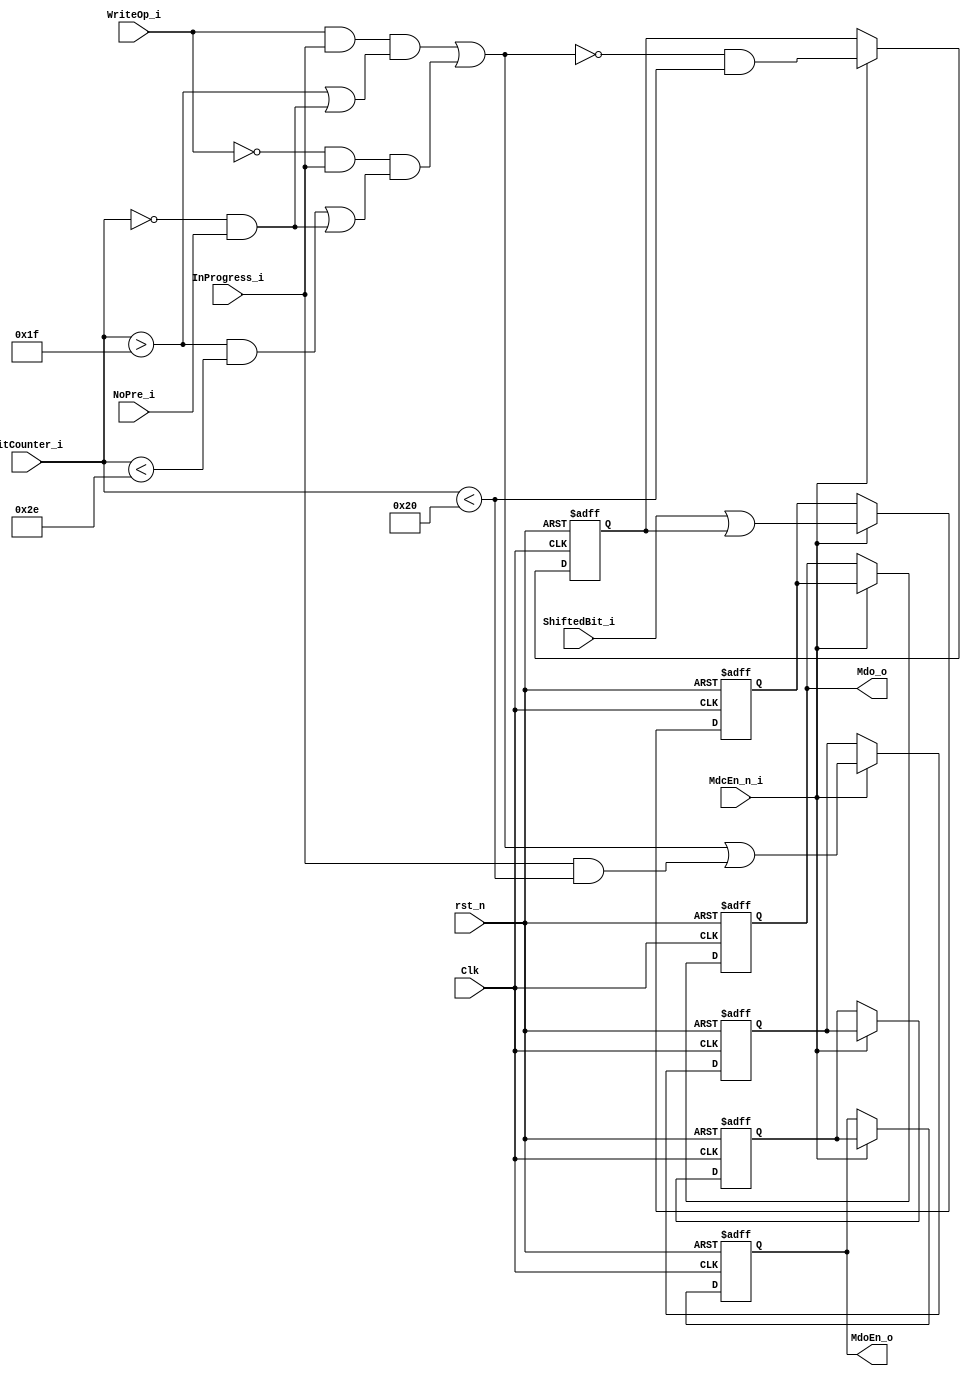
// This program was cloned from: https://github.com/lvzhengde/tsn-soc
// License: BSD 3-Clause "New" or "Revised" License

/*+
 * Copyright (c) 2022-2023 Zhengde
 *
 * Copyright (c) 2001 Igor Mohor (igorM@opencores.org) 
 * 
 * All rights reserved.
 * 
 * Redistribution and use in source and binary forms, with or without
 * modification, are permitted provided that the following conditions are met:
 * 
 * 1 Redistributions of source code must retain the above copyright notice, this
 *   list of conditions and the following disclaimer.
 * 
 * 2 Redistributions in binary form must reproduce the above copyright notice,
 *   this list of conditions and the following disclaimer in the documentation
 *   and/or other materials provided with the distribution.
 * 
 * 3 Neither the name of the copyright holder nor the names of its
 *   contributors may be used to endorse or promote products derived from
 *   this software without specific prior written permission.
 * 
 * THIS SOFTWARE IS PROVIDED BY THE COPYRIGHT HOLDERS AND CONTRIBUTORS "AS IS"
 * AND ANY EXPRESS OR IMPLIED WARRANTIES, INCLUDING, BUT NOT LIMITED TO, THE
 * IMPLIED WARRANTIES OF MERCHANTABILITY AND FITNESS FOR A PARTICULAR PURPOSE ARE
 * DISCLAIMED. IN NO EVENT SHALL THE COPYRIGHT HOLDER OR CONTRIBUTORS BE LIABLE
 * FOR ANY DIRECT, INDIRECT, INCIDENTAL, SPECIAL, EXEMPLARY, OR CONSEQUENTIAL
 * DAMAGES (INCLUDING, BUT NOT LIMITED TO, PROCUREMENT OF SUBSTITUTE GOODS OR
 * SERVICES; LOSS OF USE, DATA, OR PROFITS; OR BUSINESS INTERRUPTION) HOWEVER
 * CAUSED AND ON ANY THEORY OF LIABILITY, WHETHER IN CONTRACT, STRICT LIABILITY,
 * OR TORT (INCLUDING NEGLIGENCE OR OTHERWISE) ARISING IN ANY WAY OUT OF THE USE
 * OF THIS SOFTWARE, EVEN IF ADVISED OF THE POSSIBILITY OF SUCH DAMAGE.
-*/

/*+
 * Output control for PHY MDIO interface 
-*/

module eth_outputcontrol (
    input               Clk,                // Host Clock
    input               rst_n,              // General Reset, active low
    input               WriteOp_i,            // Write Operation Latch (When asserted, write operation is in progress)
    input               NoPre_i,              // No Preamble (no 32-bit preamble)
    input               InProgress_i,         // Operation in progress
    input               ShiftedBit_i,         // This bit is output of the shift register and is connected to the Mdo signal
    input  [6:0]        BitCounter_i,         // Bit Counter
    input               MdcEn_n_i,            // MII Management Data Clock Enable signal is asserted for one Clk period before Mdc falls.
    
    output reg          Mdo_o,                // MII Management Data Output
    output reg          MdoEn_o               // MII Management Data Output Enable
);

    wire          SerialEn;
    
    reg           MdoEn_2d;
    reg           MdoEn_d;
    
    reg           Mdo_2d;
    reg           Mdo_d;

    // Generation of the Serial Enable signal (enables the serialization of the data)
    assign SerialEn =  WriteOp_i & InProgress_i & ( BitCounter_i>31 | ( ( BitCounter_i == 0 ) & NoPre_i ) )
                    | ~WriteOp_i & InProgress_i & (( BitCounter_i>31 & BitCounter_i<46 ) | ( ( BitCounter_i == 0 ) & NoPre_i ));

    // Generation of the MdoEn signal
    always @ (posedge Clk or negedge rst_n) begin
        if(!rst_n) begin
            MdoEn_2d <=  1'b0;
            MdoEn_d <=  1'b0;
            MdoEn_o <=  1'b0;
        end
        else begin
            if(MdcEn_n_i) begin
                MdoEn_2d <=  SerialEn | InProgress_i & BitCounter_i<32;
                MdoEn_d <=  MdoEn_2d;
                MdoEn_o <=  MdoEn_d;
            end
        end
    end

    // Generation of the Mdo signal.
    always @ (posedge Clk or negedge rst_n) begin
        if(!rst_n) begin
            Mdo_2d <=  1'b0;
            Mdo_d <=  1'b0;
            Mdo_o <=  1'b0;
        end
        else begin
            if(MdcEn_n_i) begin
                Mdo_2d <=  ~SerialEn & BitCounter_i<32;
                Mdo_d <=  ShiftedBit_i | Mdo_2d;
                Mdo_o <=  Mdo_d;
            end
        end
    end

endmodule